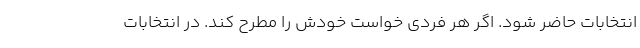
انتخابات حاضر شود. اگر هر فردی خواست خودش را مطرح کند. در انتخابات